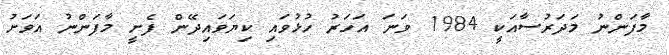
މާފަންނު މަދަރުސާއަކީ 1984 ވަނަ އަހަރު ހުޅުވައި ކިޔަވައިދޭން ފެށީ މާފަންނު އަވަށު